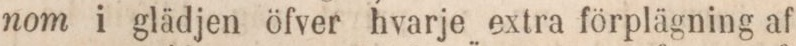
nom i glädjen öfver hvarje extra förplägning af